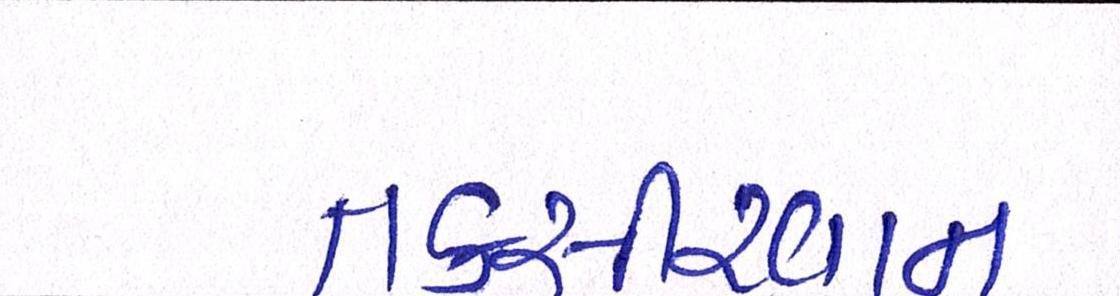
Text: તકસીરવાન